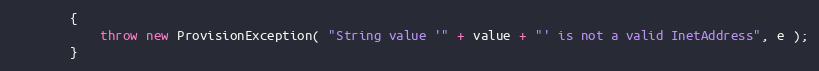
Language: Java
        {
            throw new ProvisionException( "String value '" + value + "' is not a valid InetAddress", e );
        }